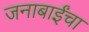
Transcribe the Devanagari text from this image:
जनाबाईंचा